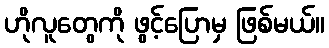
ဟိုလူတွေကို ဖွင့်ပြောမှ ဖြစ်မယ်။